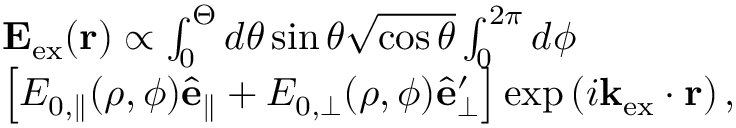
\begin{array} { r l } & { \mathbf { E } _ { \mathrm { e x } } ( \mathbf { r } ) \propto \int _ { 0 } ^ { \Theta } d \theta \sin \theta \sqrt { \cos \theta } \int _ { 0 } ^ { 2 \pi } d \phi } \\ & { \left[ E _ { 0 , \parallel } ( \rho , \phi ) \hat { \mathbf { e } } _ { \parallel } + E _ { 0 , \perp } ( \rho , \phi ) \hat { \mathbf { e } } _ { \perp } ^ { \prime } \right] \exp \left( i \mathbf { k } _ { \mathrm { e x } } \cdot \mathbf { r } \right) , } \end{array}